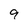
Character: 9